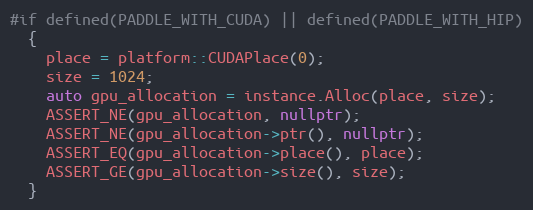
Language: C++
#if defined(PADDLE_WITH_CUDA) || defined(PADDLE_WITH_HIP)
  {
    place = platform::CUDAPlace(0);
    size = 1024;
    auto gpu_allocation = instance.Alloc(place, size);
    ASSERT_NE(gpu_allocation, nullptr);
    ASSERT_NE(gpu_allocation->ptr(), nullptr);
    ASSERT_EQ(gpu_allocation->place(), place);
    ASSERT_GE(gpu_allocation->size(), size);
  }